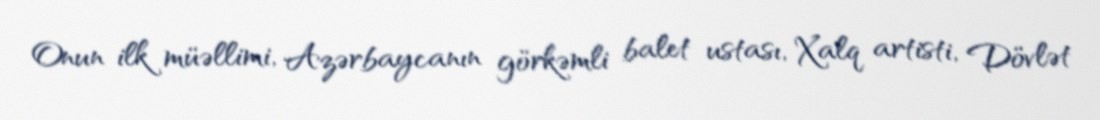
Onun ilk müəllimi, Azərbaycanın görkəmli balet ustası, Xalq artisti, Dövlət